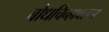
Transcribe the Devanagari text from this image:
बोधचिन्हावरून